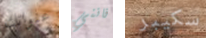
عنوانك فانني سكيبر